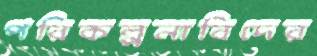
পরিকল্পনাবিদের